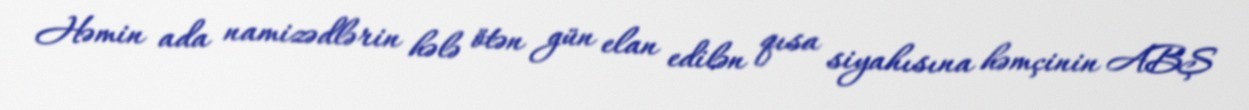
Həmin ada namizədlərin hələ ötən gün elan edilən qısa siyahısına həmçinin ABŞ